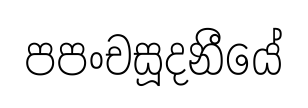
පපංචසූදනීයේ